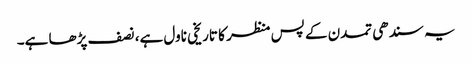
یہ سندھی تمدن کے پس منظر کا تاریخی ناول ہے، نصف پڑھا ہے۔